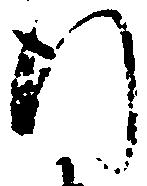
行